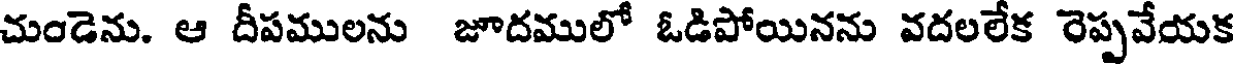
చుండెను. ఆ దీపములను జూదములో ఓడిపోయినను వదలలేక రెప్పవేయక